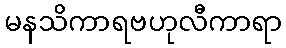
မနသိကာရဗဟုလီကာရာ